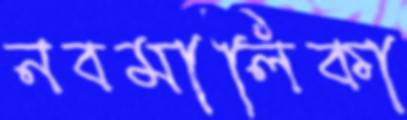
নবমালিকা